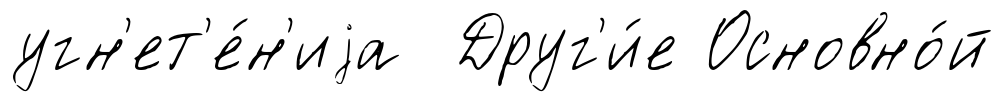
угн'ет'е́н'иjа Друг'и́е Основно́й